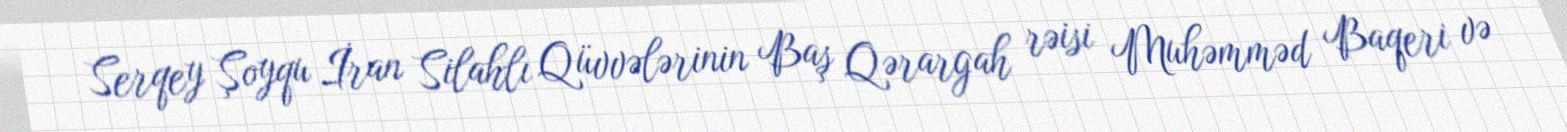
Serqey Şoyqu İran Silahlı Qüvvələrinin Baş Qərargah rəisi Muhəmməd Baqeri və